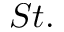
S t .